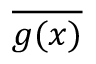
\overline { { g ( x ) } }